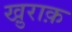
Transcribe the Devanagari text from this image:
खु़राक़